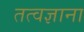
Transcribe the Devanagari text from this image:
तत्वज्ञाना